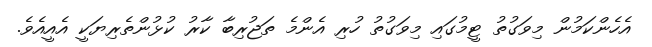
އެހެންކަމުން މިވަގުތު ޓީމުގައި މިވަގުތު ހުރި އެންމެ ތަޖުރިބާ ކާރު ކުޅުންތެރިޔަކީ އެއީއެވެ.